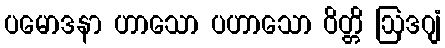
ပမောဒနာ ဟာသော ပဟာသော ဝိတ္တိ ဩဒဂျံ